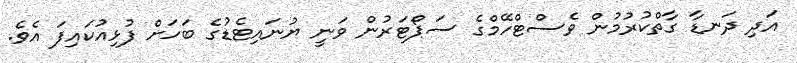
އަދި ދަނޑާ ގާތްކުރުމުން ވެސްޓްހޭމްގެ ސަޕޯޓަރުން ވަނީ ޔުނައިޓެޑުގެ ބަހަށް ފުޅިއުކައިފަ އެވެ.